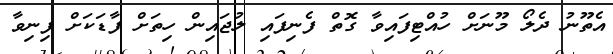
އެތޫނު ދެލޯ މޫނަށް ހުއްޓިފައިވާ ގޮތް ފެނިފައި ލުޖައިން ހިތަށް ފާޑަކަށް ފިނިވާ